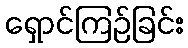
ရှောင်ကြဉ်ခြင်း